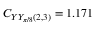
C _ { Y Y _ { \pi / 8 } ( 2 , 3 ) } = 1 . 1 7 1